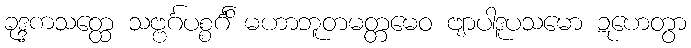
ခုဒ္ဒကသတ္ထေ သဗ္ဗင်္ဂပစ္စင်္ဂိံ မဟာဘူတမတ္တမေဝ ဗျာပါဒူပသမော ဍဟေတွာ